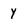
Character: y